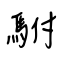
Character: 駙